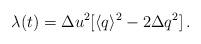
LaTeX: \begin{align*}\lambda(t) = {\Delta u}^2 [\langle q \rangle ^{2} -2{\Delta q}^2] \, .\end{align*}